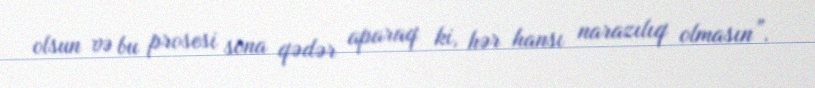
olsun və bu prosesi sona qədər aparaq ki, hər hansı narazılıq olmasın”.